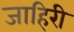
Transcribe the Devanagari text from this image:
जाहिरी